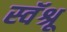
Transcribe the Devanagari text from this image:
स्वॅश्रू